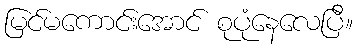
မြင်မကောင်းအောင် စုပုံနေလေပြီ။